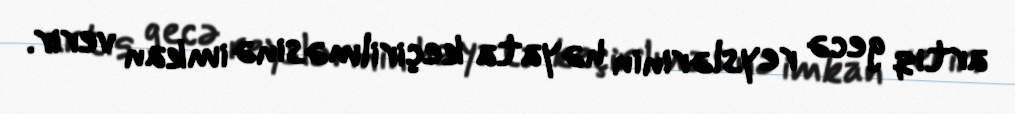
artıq gecə reyslərinin həyata keçirilməsinə imkan verir.